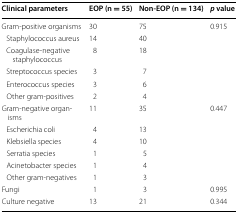
<table><thead><tr><td><b>Clinical parameters</b></td><td><b>EOP (n = 55)</b></td><td><b>Non-EOP (n = 134)</b></td><td><b><i>p</i> value</b></td></tr></thead><tbody><tr><td>Gram-positive organisms</td><td>30</td><td>75</td><td>0.915</td></tr><tr><td> Staphylococcus aureus</td><td>14</td><td>40</td><td></td></tr><tr><td> Coagulase-negative staphylococcus</td><td>8</td><td>18</td><td></td></tr><tr><td> Streptococcus species</td><td>3</td><td>7</td><td></td></tr><tr><td> Enterococcus species</td><td>3</td><td>6</td><td></td></tr><tr><td> Other gram-positives</td><td>2</td><td>4</td><td></td></tr><tr><td>Gram-negative organisms</td><td>11</td><td>35</td><td>0.447</td></tr><tr><td> Escherichia coli</td><td>4</td><td>13</td><td></td></tr><tr><td> Klebsiella species</td><td>4</td><td>10</td><td></td></tr><tr><td> Serratia species</td><td>1</td><td>5</td><td></td></tr><tr><td> Acinetobacter species</td><td>1</td><td>4</td><td></td></tr><tr><td> Other gram-negatives</td><td>1</td><td>3</td><td></td></tr><tr><td>Fungi</td><td>1</td><td>3</td><td>0.995</td></tr><tr><td>Culture negative</td><td>13</td><td>21</td><td>0.344</td></tr></tbody></table>